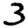
Digit: 3